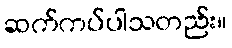
ဆက်ကပ်ပါသတည်း။